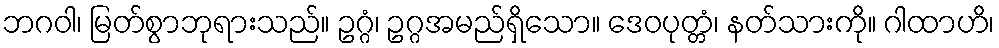
ဘဂဝါ၊ မြတ်စွာဘုရားသည်။ ဥဂ္ဂံ၊ ဥဂ္ဂအမည်ရှိသော။ ဒေဝပုတ္တံ၊ နတ်သားကို။ ဂါထာဟိ၊